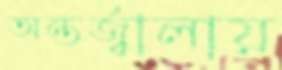
অন্তর্জ্বালায়